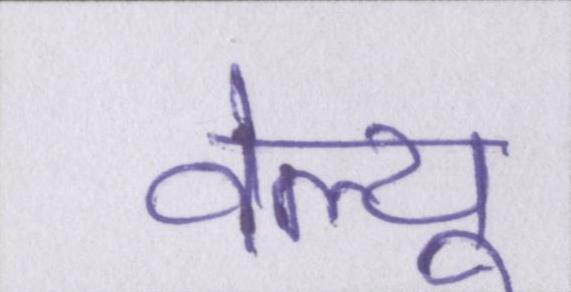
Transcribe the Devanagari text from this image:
वेल्यू